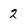
Character: 2